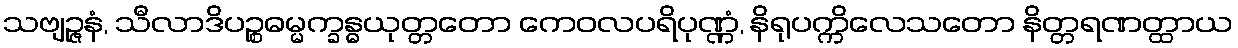
သဗျဉ္ဇနံ, သီလာဒိပဉ္စဓမ္မက္ခန္ဓယုတ္တတော ကေဝလပရိပုဏ္ဏံ, နိရုပက္ကိလေသတော နိတ္တရဏတ္ထာယ